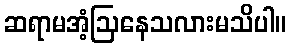
ဆရာမအံ့ဩနေသလားမသိပါ။